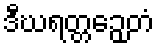
ဒီဃရတ္တဉှေတံ